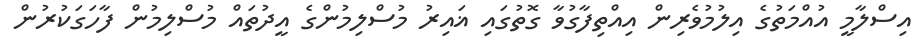
އިސްލާމީ އުއްމަތުގެ އިލުމުވެރިން އިއްތިފާގުވާ ގޮތުގައި ޣައިރު މުސްލިމުންގެ އީދުތައް މުސްލިމުން ފާހަގަކުރުން